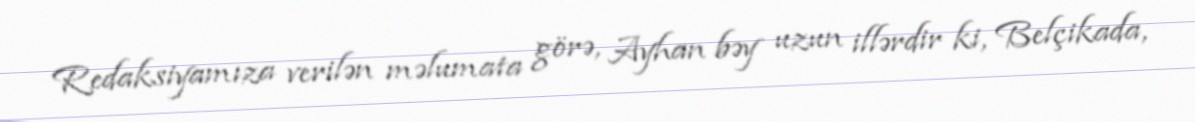
Redaksiyamıza verilən məlumata görə, Ayhan bəy uzun illərdir ki, Belçikada,